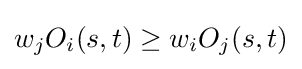
w_{j}O_{i}(s,t)\geq w_{i}O_{j}(s,t)